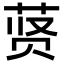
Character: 𬜾